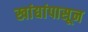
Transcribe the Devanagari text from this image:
खांद्यांपासून